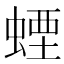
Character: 䗎